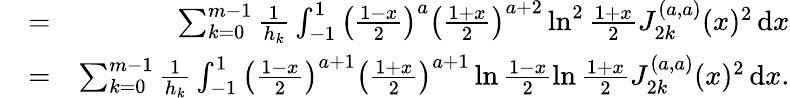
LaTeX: \begin{array}{rlr}{\! \! \! \! \! \! \! \! \! \! \! \! \! \! \! \! \! \! \! \! \mathrm{A_{1}}}&{=}&{\sum_{k=0}^{m-1}\frac{1}{h_{k}}\int_{-1}^{1}\left(\frac{1-x}{2}\right)^{a}\left(\frac{1+x}{2}\right)^{a+2}\ln^{2}\frac{1+x}{2}J_{2k}^{(a,a)}(x)^{2}\, \mathrm{d}x}\\ {\! \! \! \! \! \! \! \! \! \! \! \! \! \! \! \! \! \! \! \! \mathrm{A_{2}}}&{=}&{\sum_{k=0}^{m-1}\frac{1}{h_{k}}\int_{-1}^{1}\left(\frac{1-x}{2}\right)^{a+1}\left(\frac{1+x}{2}\right)^{a+1}\ln\frac{1-x}{2}\ln\frac{1+x}{2}J_{2k}^{(a,a)}(x)^{2}\, \mathrm{d}x.}\end{array}